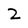
Character: 2